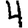
Digit: 4